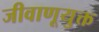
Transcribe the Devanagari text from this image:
जीवाणूयुक्त